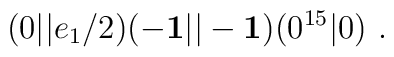
(0\vert\vert e_1/2)(-{\bf 1}\vert\vert -{\bf 1})(0^{15} \vert 0)~.